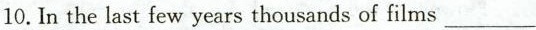
10. In the last few years thousands of films___